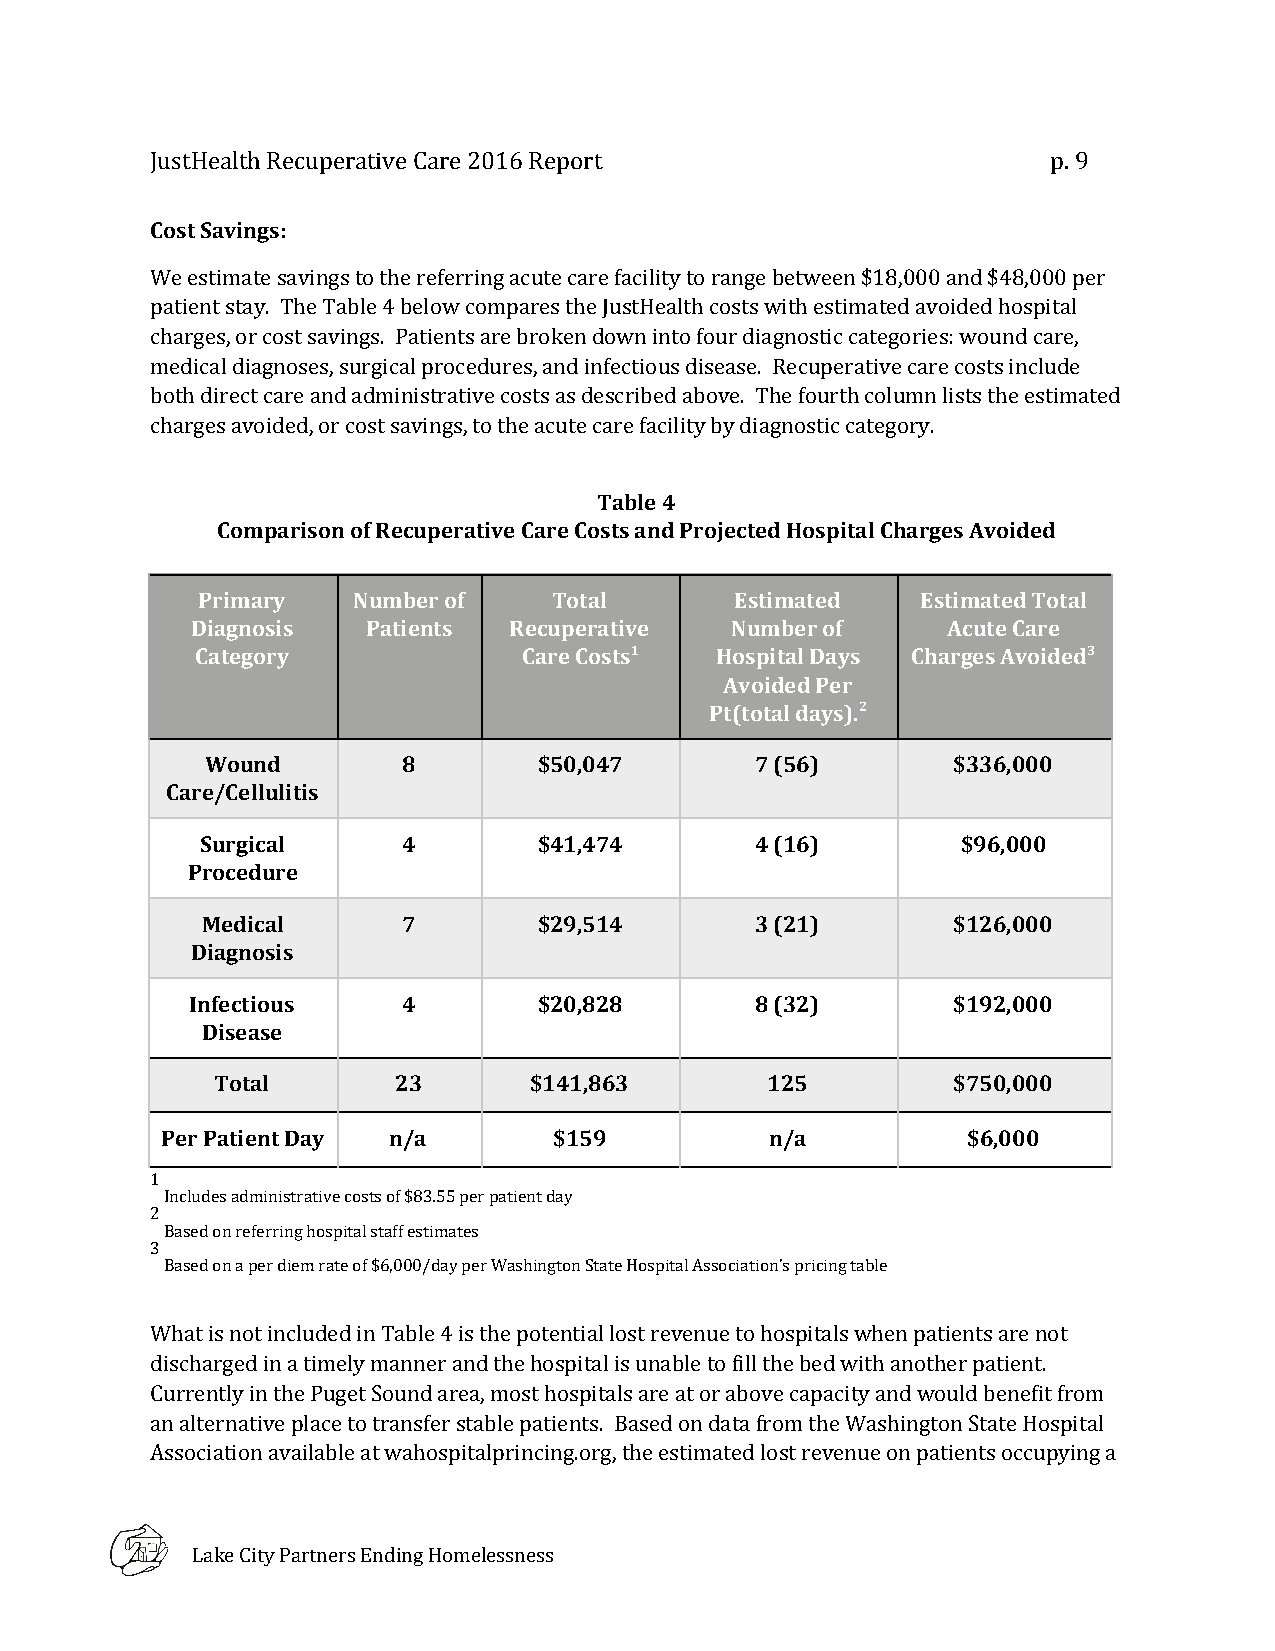
JustHealth Recuperative Care 2016 Report                    p. 9
 Cost Savings:
 We estimate savings to the referring acute care facility to range between $18,000 and $48,000 per
 patient stay. The Table 4 below compares the JustHealth costs with estimated avoided hospital
 charges, or cost savings. Patients are broken down into four diagnostic categories: wound care,
 medical diagnoses, surgical procedures, and infectious disease. Recuperative care costs include
 both direct care and administrative costs as described above. The fourth column lists the estimated
 charges avoided, or cost savings, to the acute care facility by diagnostic category.
 Table 4
 Comparison of Recuperative Care Costs and Projected Hospital Charges Avoided
 Primary   Number of     Total       Estimated   Estimated Total
 Diagnosis  Patients  Recuperative  Number of      Acute Care
 Category              Care Costs1 Hospital Days Charges Avoided3
 ​                             ​
 Avoided Per
 Pt(total days).2
 ​
 Wound        8        $50,047       7 (56)       $336,000
 Care/Cellulitis
 Surgical      4        $41,474       4 (16)        $96,000
 Procedure
 Medical       7        $29,514       3 (21)       $126,000
 Diagnosis
 Infectious    4        $20,828       8 (32)       $192,000
 Disease
 Total       23       $141,863        125         $750,000
 Per Patient Day n/a       $159          n/a          $6,000
 1
 ​
 Includes administrative costs of $83.55 per patient day
 2
 ​
 Based on referring hospital staff estimates
 3
 ​
 Based on a per diem rate of $6,000/day per Washington State Hospital Association’s pricing table
 What is not included in Table 4 is the potential lost revenue to hospitals when patients are not
 discharged in a timely manner and the hospital is unable to fill the bed with another patient.
 Currently in the Puget Sound area, most hospitals are at or above capacity and would benefit from
 an alternative place to transfer stable patients. Based on data from the Washington State Hospital
 Association available at wahospitalprincing.org, the estimated lost revenue on patients occupying a
 Lake City Partners Ending Homelessness